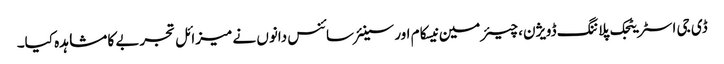
ڈی جی اسٹریٹجک پلاننگ ڈویژن، چیئرمین نیسکام اور سینئر سائنس دانوں نے میزائل تجربے کا مشاہدہ کیا۔